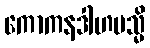
ကောကနဒါဟမသ္မိ